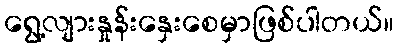
ရွေ့လျားနှုန်းနှေးစေမှာဖြစ်ပါတယ်။